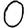
Digit: 0